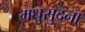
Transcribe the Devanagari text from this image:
मधुसुदना